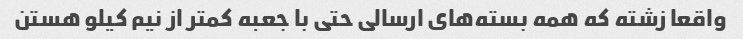
واقعا زشته که همه بسته‌های ارسالی حتی با جعبه کمتر از نیم کیلو‌ هستن